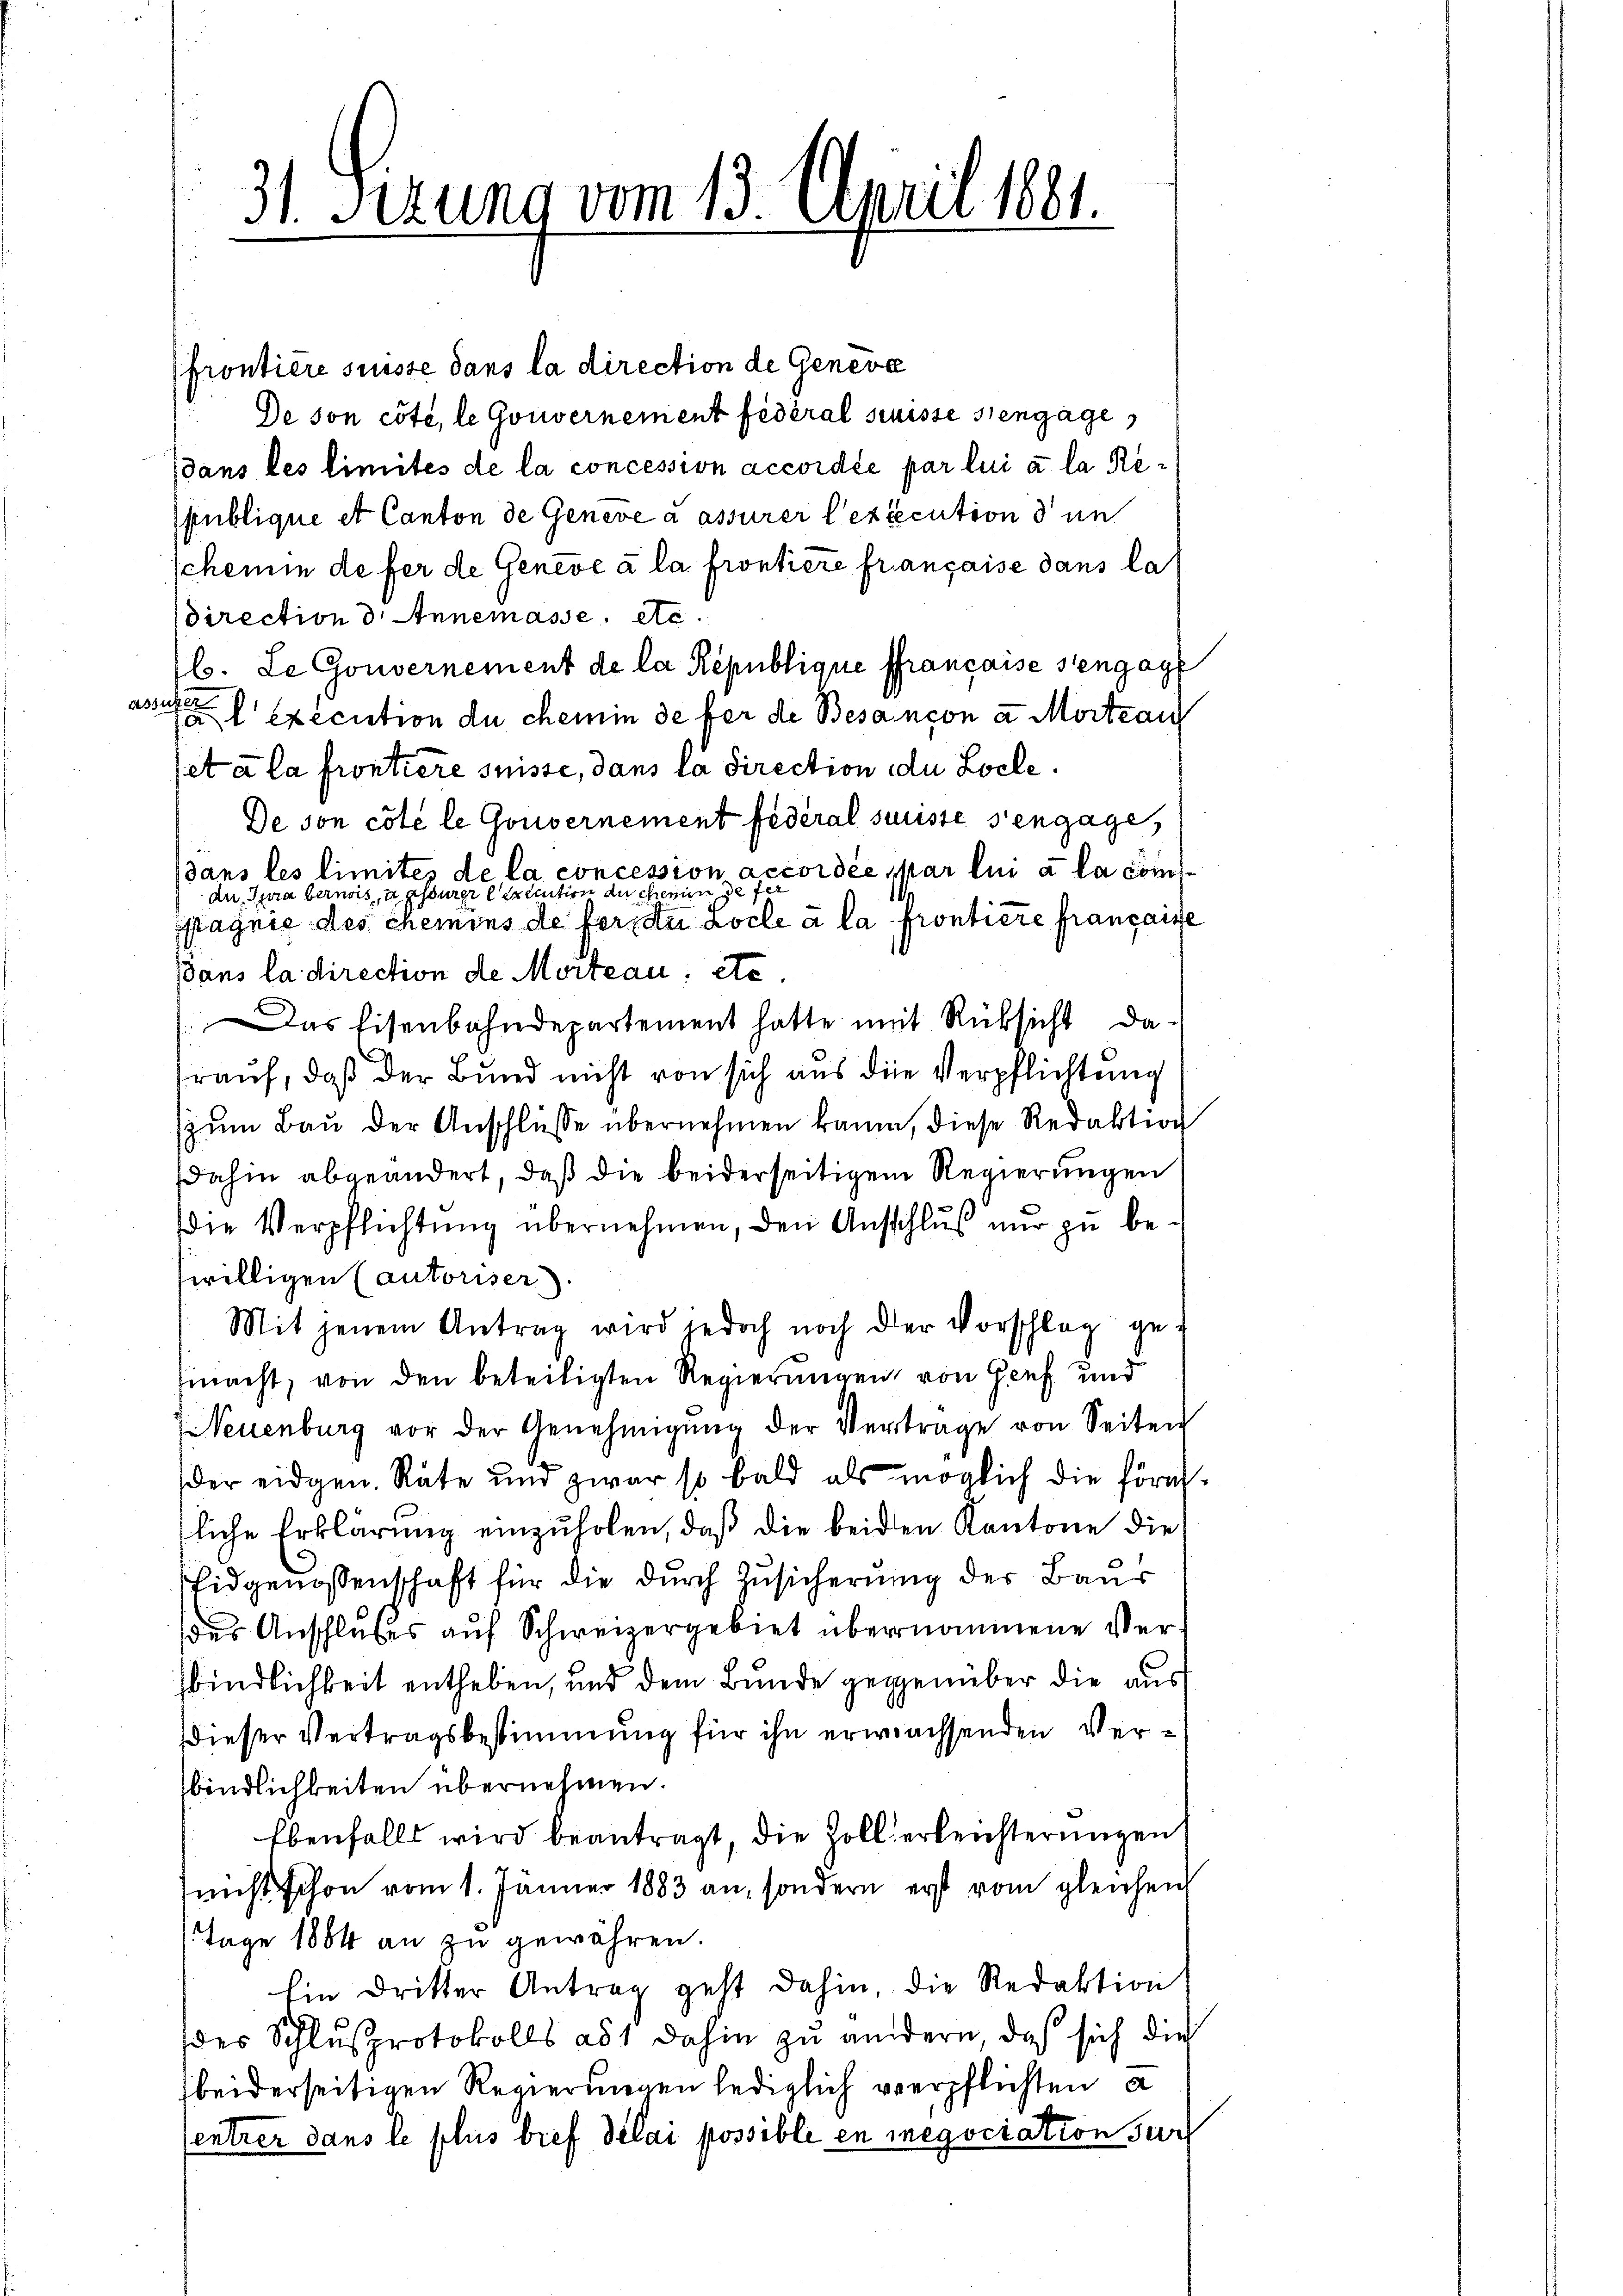
31. Sezung vom 13. April 1881.

frontiere suisse dans la direction de Geneve
De son côté, le Gouvernement fédéral suisse sengage
dans les limites de la concession accordée par lui à la Republique et Canton de Geneve a assurer l’exécution den
schemin de fer de Geneve à la frontiere française dans la
direction d. Annemasse, etc.
b. Le Gouvernement de la République ffrancaise sengag
.
assiker
al execution du chemin de ber de Besançon a Mortrau
et à la frontiere suisse, dans la direction du Zoele¬
De son côté le Gouvernement fédéral suisse s’engage,
dans les limite de la concession accordée par lui à la comde Jura bernis, a assurer Execution du chemin gefer
pagnie des chemins de feratu aocle à la prontiere francaire
dans la direction de Morteau: etc.
Das Eisenbahndepartement hatte mit Rüksicht da-
rauf, daß der Bund nicht von sich aus die Verpflichtung
(zum Bau der Anschlüsse übernehmen kann, diese Redaktion
dahin abgeändert, daß die beiderseitigem Regierungen
Die Verpflichtung übernehmen, den Ansschluß nur zu bewilligen Cautoriser.
Mit jenem Antrag wird jedoch noch der Vorschlag ge-
mnacht, von den beteiligten Regierungen, von Genf und
(Neuenburg vor der Genehmigŭng der Vertrage von Seiten
der eidgen. Räte und zwar so bald als möglich die Hörastliche Erklärung einzuholen, daß die beiden Kantone die
Eidgenossenschaft für die durch Zusicherung der Baur
des Anschlußes auf Schweizergebiet übernommene Verhbindlichkeit entheben, und dem Bunde gegenüber die aus
dieser Vertragsbestimmung für ihn erwachsenden Verbindlichkeiten übernehmen.
Ebenfalls wird beantragt, die Zoll erleichterungen
nicht schon vom 1. Jänner 1883 an, sondern erst vom gleichen
Tage 1884 an zu gewähren.
hin dritter Antrag geht dahin, die Redaktion
des Schlusprotokolls ad 1 dahin zu ändern, daß sich die
beiderseitigen Regierungen lediglich verpflichten a
entrer dans le plus brief délai possible en megociation ser